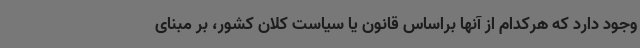
وجود دارد که هرکدام از آنها براساس قانون یا سیاست کلان کشور، بر مبنای